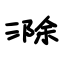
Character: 滁